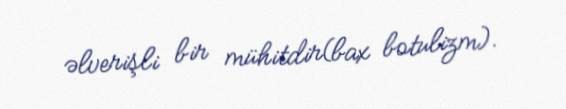
əlverişli bir mühitdir(bax botulizm).